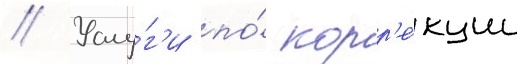
// Услу́г'и по́ корр'е́кции